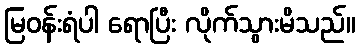
မြဝန်းရံပါ ရောပြီး လိုက်သွားမိသည်။